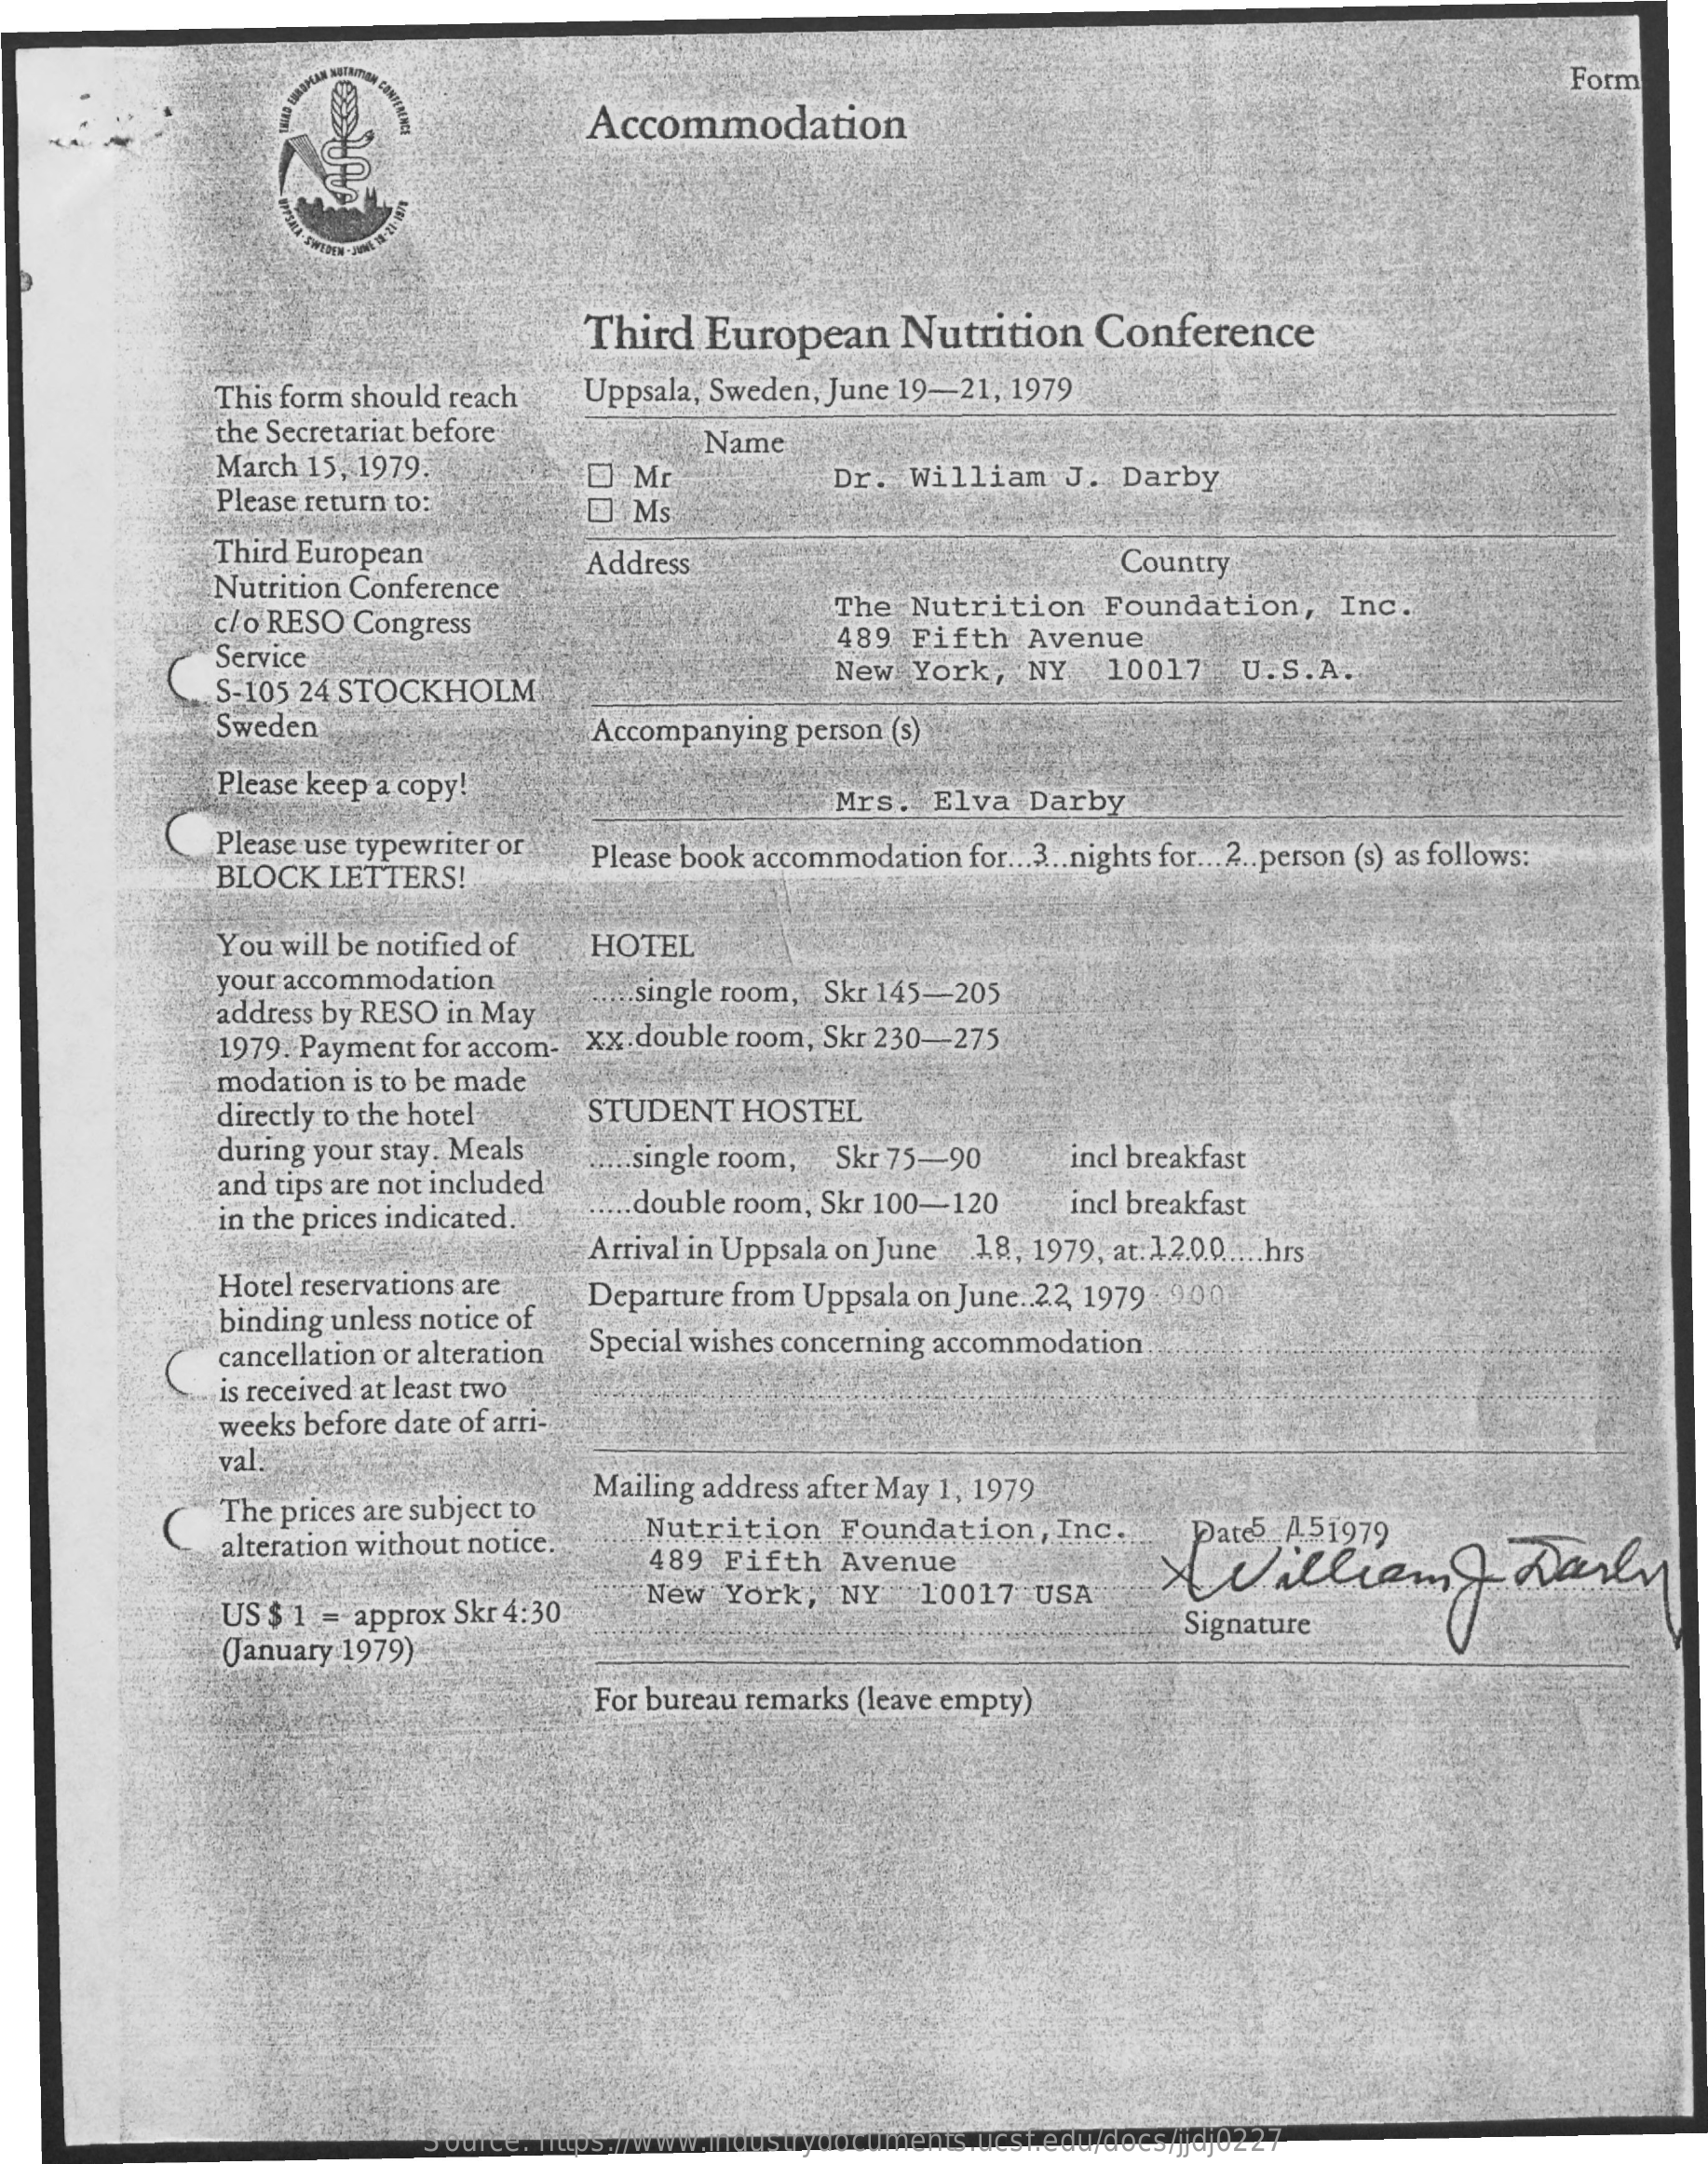
Form
     Accommodation
     Third   European    Nutrition    Conference
     This form should reach    Uppsala, Sweden, June 19-21,  1979
     the Secretariat before
     March 15, 1979.
     Name
     Please return to:
     E  Mr
     Ms
     Dr.  William    J.  Darby
     Third European
     Nutrition Conference
     Address    Country
     c/o RESO Congress
     The  Nutrition    Foundation,    Inc.
     Service
     489  Fifth   Avenue
     S-105 24 STOCKHOLM
     New  York,   NY    10017    U. S. A.
     Sweden    Accompanying   person (s)
     Please keep a copy!    Mrs.   Elva   Darby
     Please use typewriter or
     BLOCK  LETTERS!
     Please book accommodation  for ... 3 ... nights for ... 2 .. person (s) as follows:
     You will be notified of   HOTEL
     your accommodation
     address by RESO in May
     .. single room, Skr 145-205
     1979. Payment for accom-  XX double room, Skr 230-275
     modation is to be made
     directly to the hotel    STUDENT    HOSTEL
     during your stay . Meals
     and tips are not included
     .single room, Skr 75-90    incl breakfast
     in the prices indicated.    .double room, Skr 100-120    incl breakfast
     Hotel reservations are
     Arrival in Uppsala on June 18,  1979, at 12.0.0 .... hrs
     binding unless notice of
     Departure from Uppsala on June. 22, 1979 900
     cancellation or alteration Special wishes concerning accommodation
     is received at least two
     weeks before date of arri-
     val.
     The prices are subject to
     Mailing address after May 1, 1979
     alteration without notice.    Nutrition    Foundation,    Inc.
     489  Fifth   Avenue
     Date5 A51979
     william    Daily
     US $ 1 = approx Skr 4:30
     New   York,   NY   10017    USA
     (January 1979)
     Signature
     For bureau remarks (leave empty)
     Source: https://www.industrydocuments.ucsf.edu/docs/jjdj0227